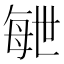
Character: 𣫸